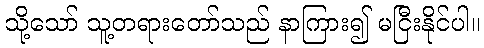
သို့သော် သူ့တရားတော်သည် နာကြား၍ မငြီးနိုင်ပါ။